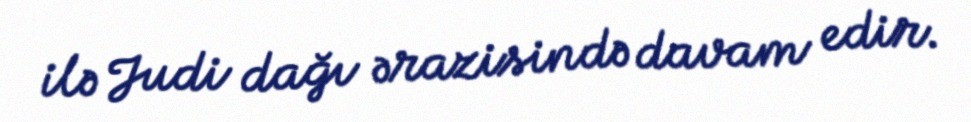
ilə Judi dağı ərazisində davam edir.